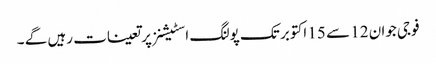
فوجی جوان 12 سے 15 اکتوبر تک پولنگ اسٹیشنز پر تعینات رہیں گے ۔